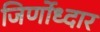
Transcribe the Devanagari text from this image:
जिर्णोध्दार